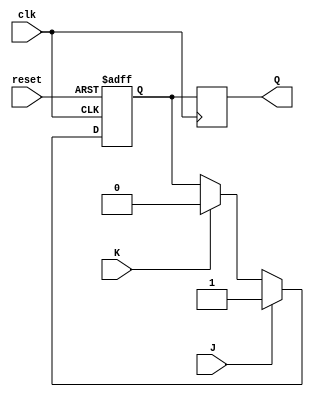
module jk_flipflop(
    input wire clk, // Clock signal
    input wire reset, // Reset signal
    input wire J, // Set input
    input wire K, // Reset input
    output reg Q // Output
);

reg Q_temp; // Temporary output

// Master flip-flop (Latch input on rising edge)
always @(posedge clk or posedge reset)
begin
    if (reset)
        Q_temp <= 1'b0;
    else
        Q_temp <= J ? 1'b1 : (K ? 1'b0 : Q_temp);
end

// Slave flip-flop (Latch output of master flip-flop on falling edge)
always @(negedge clk)
begin
    Q <= Q_temp;
end

endmodule